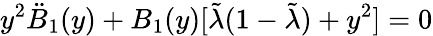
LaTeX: y^{2}\ddot{B}_{1}(y)+B_{1}(y)[\tilde{\lambda}(1-\tilde{\lambda})+y^{2}]=0